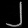
Digit: ၂